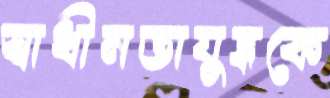
স্বাধীনতাযুদ্ধকে